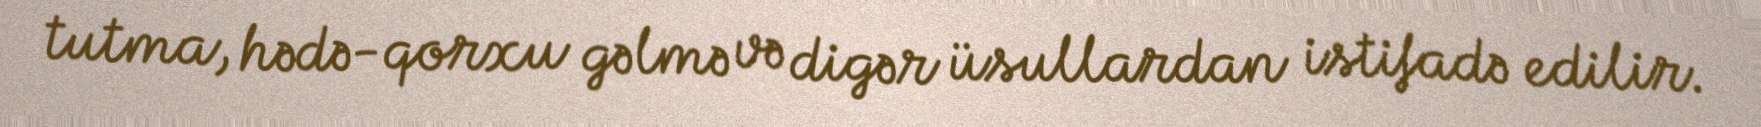
tutma, hədə-qorxu gəlmə və digər üsullardan istifadə edilir.